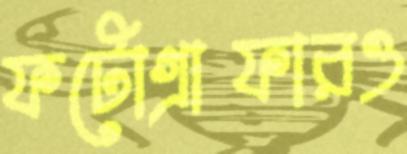
ফটোগ্রাফারও